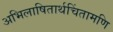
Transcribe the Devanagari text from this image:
अभिलाषितार्थचिंतामणि